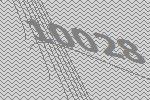
10028